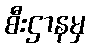
စီးဌာနမှ